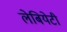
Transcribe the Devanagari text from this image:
लेबियेटी